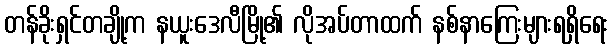
တန်ခိုးရှင်တချို့က နယူးဒေလီမြို့၏ လိုအပ်တာထက် နစ်နာကြေးများရရှိရေး